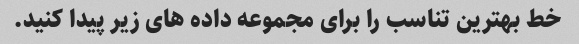
خط بهترین تناسب را برای مجموعه داده های زیر پیدا کنید.